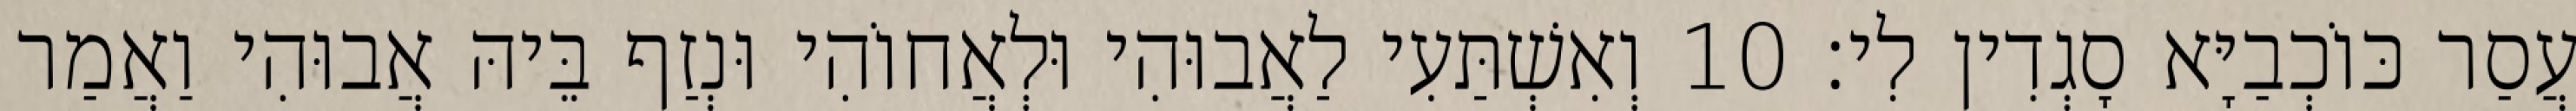
עֲסַר כּוֹכְבַיָּא סָגְדִין לִי׃ 10 וְאִשְׁתַּעִי לַאֲבוּהִי וּלְאֲחוֹהִי וּנְזַף בֵּיהּ אֲבוּהִי וַאֲמַר